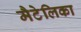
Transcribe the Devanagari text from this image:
मैटेलिका